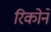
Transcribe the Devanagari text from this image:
रिकोने